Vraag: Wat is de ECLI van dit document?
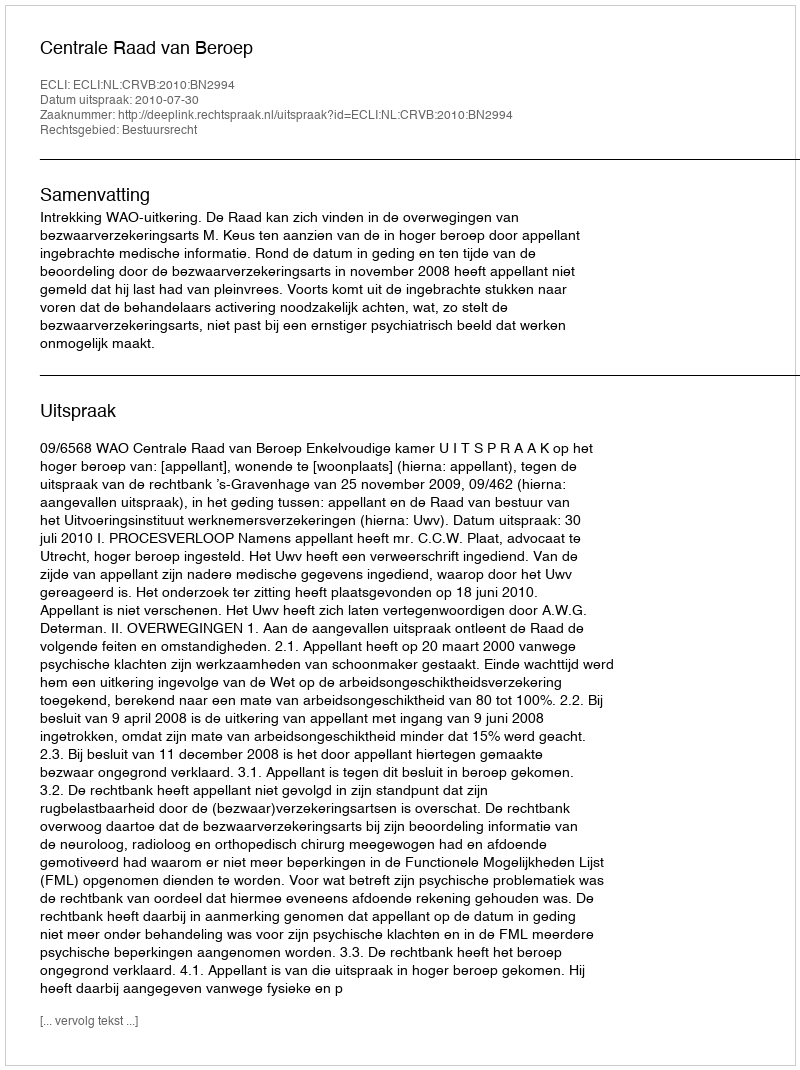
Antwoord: ECLI:NL:CRVB:2010:BN2994